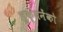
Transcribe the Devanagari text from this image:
लुक्यनेंको